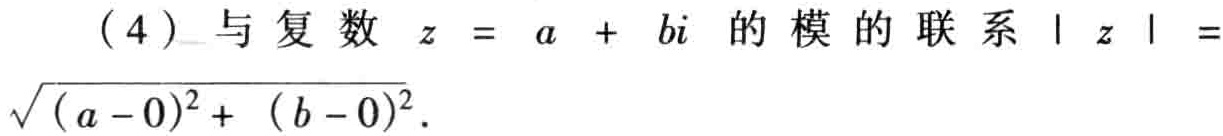
(4) 与复数 \(z = a + bi\) 的模的联系 \(|z| =\sqrt{(a - 0)^2+ (b - 0)^2}\).